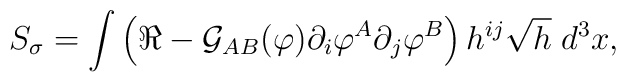
S_{\sigma}=\int \left(\Re -{\cal G}_{AB}(\varphi )\partial_i\varphi^A\partial_j\varphi^B\right)h^{ij}\sqrt{h}\;d^3x,